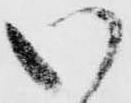
い